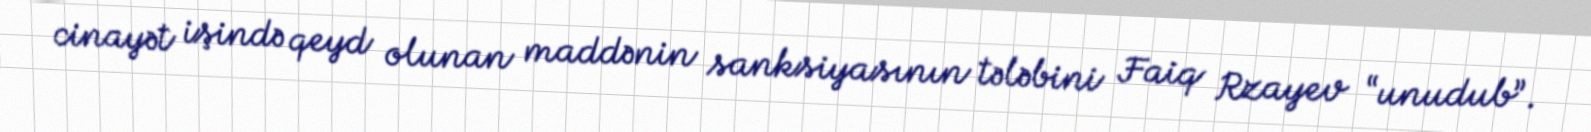
cinayət işində qeyd olunan maddənin sanksiyasının tələbini Faiq Rzayev “unudub”.